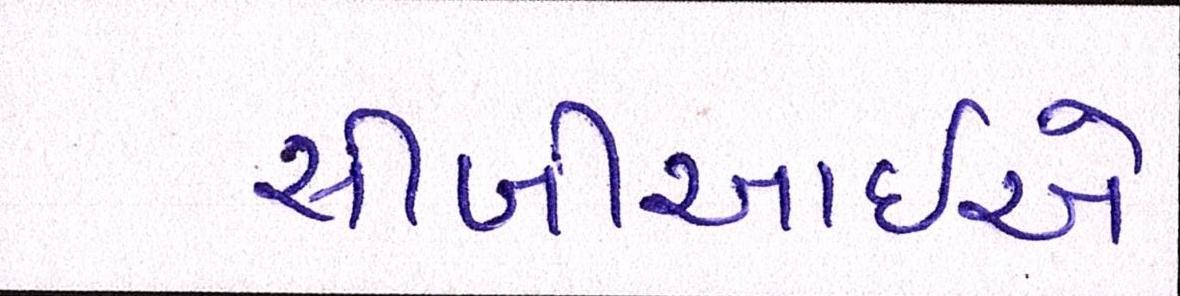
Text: સીબીઆઇએ